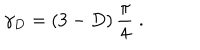
LaTeX: \gamma _ { { D } } = \left( 3 - D \right) \frac { \pi } { 4 } \; .